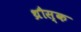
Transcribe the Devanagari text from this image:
थ्रौस्क